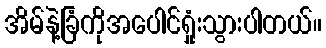
အိမ်နဲ့ခြံကိုအပေါင်ရှုံးသွားပါတယ်။